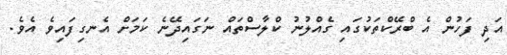
އަދި ފަހުން އެ ބްރޭކްތަކުގައި ގެއްލުނު ކްލާސްތައް ނަގައިދޭނެ ކަމަށް އެނގިފައިވެ އެވެ.